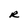
Character: R